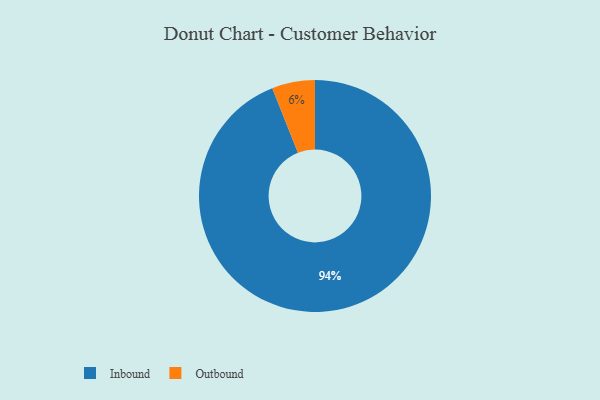
{"axis": {"x": "Category", "y": "Percentage"}, "legend": ["Inbound", "Outbound"], "data": [{"x": "Outbound", "y": 6, "type": "Outbound"}, {"x": "Inbound", "y": 94, "type": "Inbound"}]}